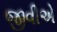
જીવીએ